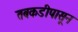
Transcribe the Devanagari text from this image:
तबकडीपासून